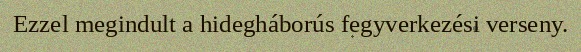
Ezzel megindult a hidegháborús fegyverkezési verseny.